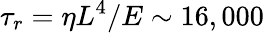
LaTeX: \tau_{r}=\eta L^{4}/E\sim 16,000